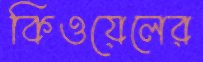
কিওয়েলের